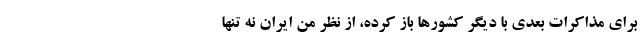
برای مذاکرات بعدی با دیگر کشورها باز کرده، از نظر من ایران نه تنها